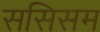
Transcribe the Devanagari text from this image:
ससिसम